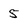
Character: 5